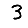
Digit: 3